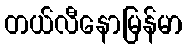
တယ်လီနောမြန်မာ